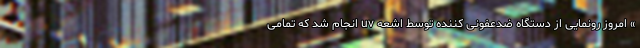
» امروز رونمایی از دستگاه ضدعفونی کننده توسط اشعه uv انجام شد که تمامی